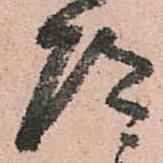
道